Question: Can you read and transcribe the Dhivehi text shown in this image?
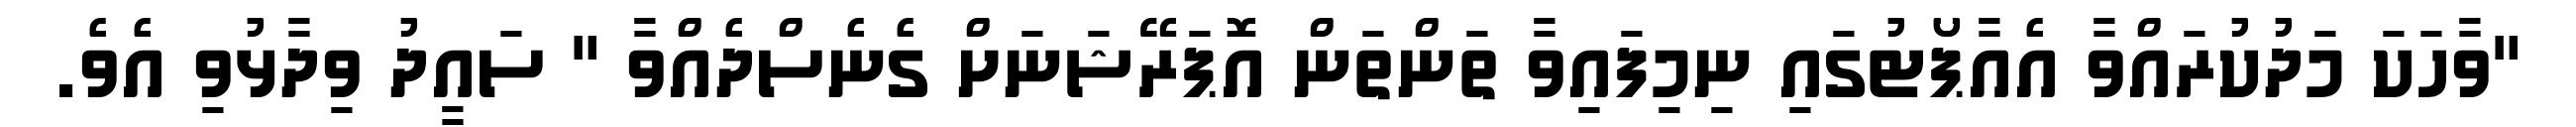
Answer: "ވާހަކަ މަދުކުރައްވާ އެއާޕޯޓުގައި ނިމިފައިވާ ތަންތަން އޮޕަރޭޝަނަށް ގެނެސްދެއްވާ " ސައީދު ވިދާޅުވި އެވެ.